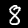
Label: 8